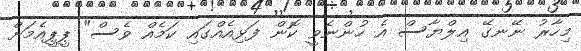
މިހާރު ނޭނގޭ އިލްޔާސް އެ ހުންނެވީ ކޮން ފަޅިއެއްގައި ކަމެއް ވެސް" ޕީޕީއެމަށް